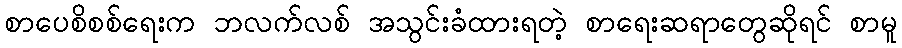
စာပေစိစစ်ရေးက ဘလက်လစ် အသွင်းခံထားရတဲ့ စာရေးဆရာတွေဆိုရင် စာမူ